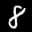
Label: 8